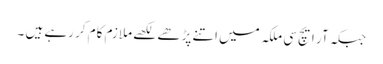
جبکہ آر ایچ سی ملکہ میں اتنے پڑھے لکھے ملازم کام کر رہے ہیں ۔